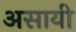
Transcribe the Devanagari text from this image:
असायी